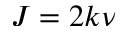
J = 2 k \nu